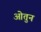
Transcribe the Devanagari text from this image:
ओतुन